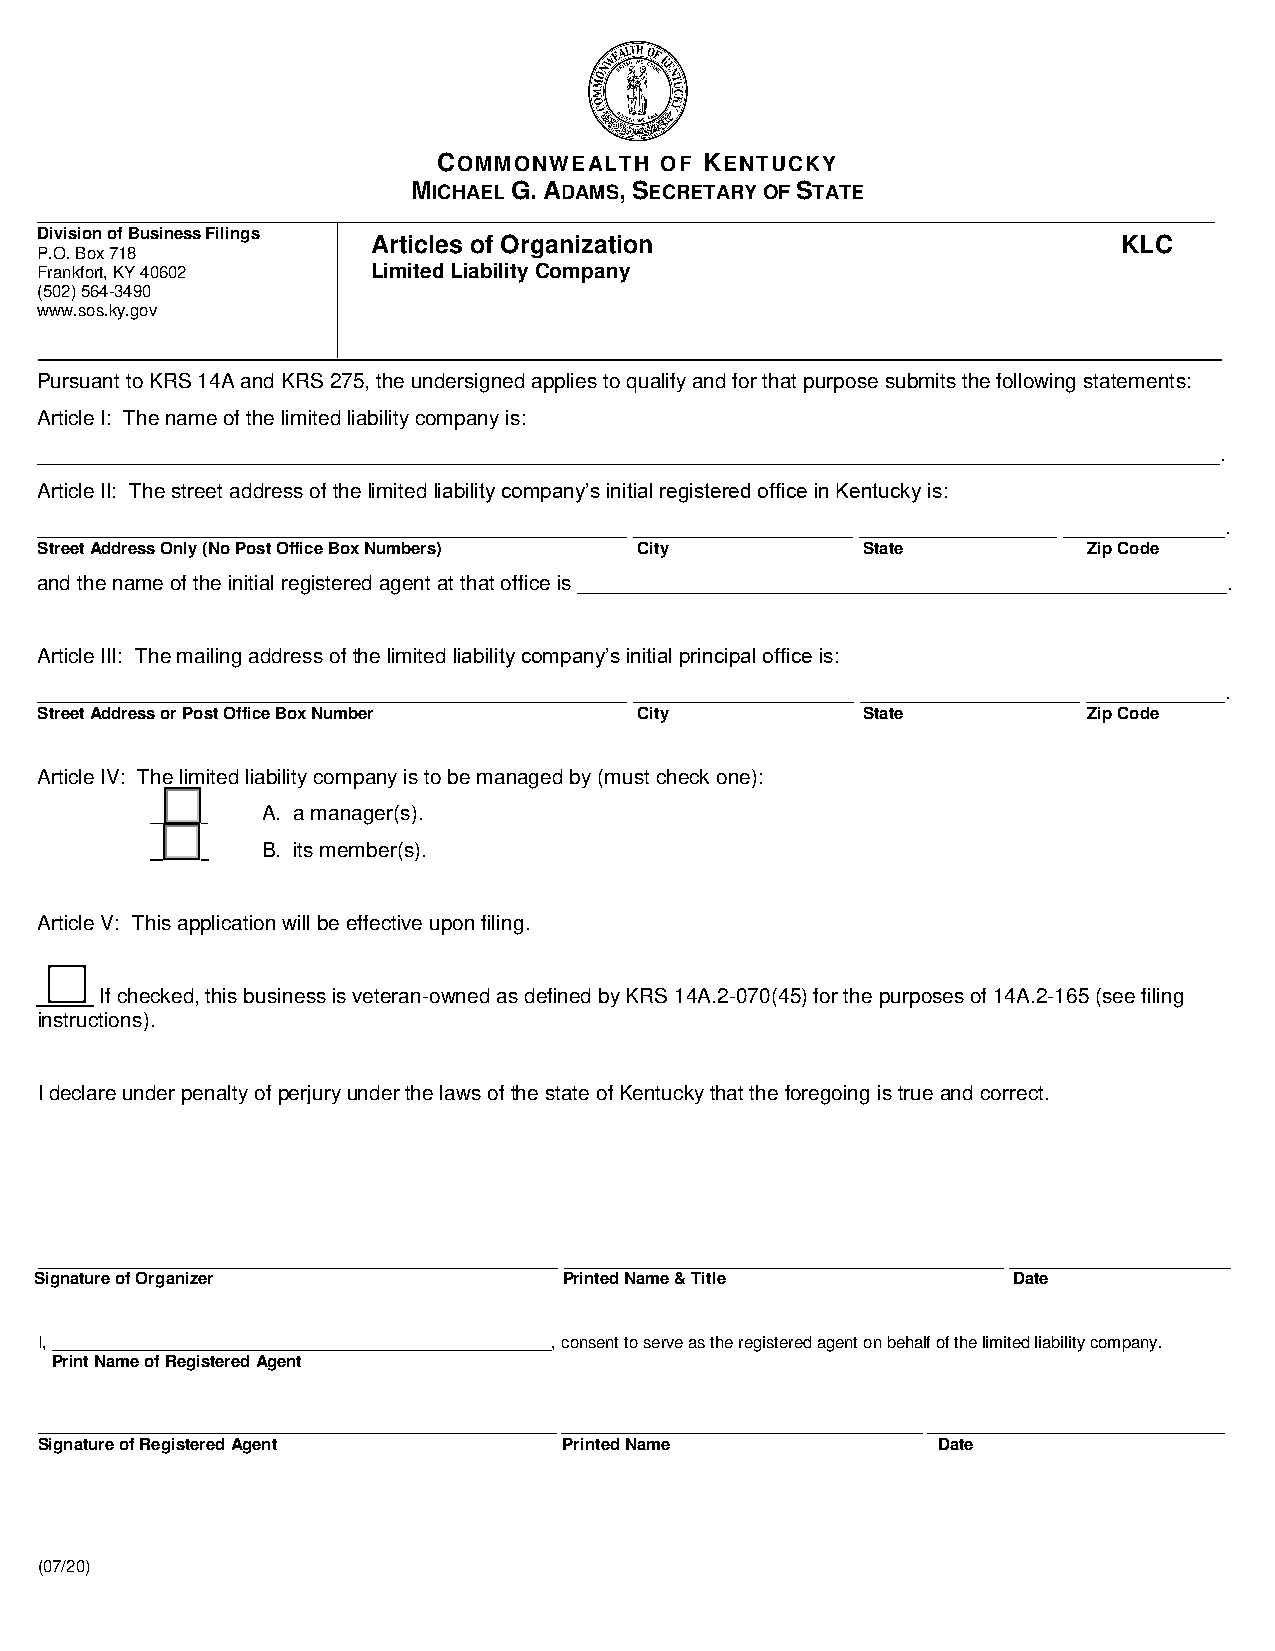
COMMONWEALTH   OF KENTUCKY
 MICHAEL G. ADAMS, SECRETARY OF STATE
 _______________________________________________________________________________________________________________________________
 Division of Business Filings
 Articles of Organization                         KLC
 P.O. Box 718
 Frankfort, KY 40602    Limited Liability Company
 (502)564-3490
 www.sos.ky.gov
 Pursuant to KRS 14A and KRS 275, the undersigned applies to qualify and for that purpose submits the following statements:
 Article I: The name of the limited liability company is:
 ______________________________________________________________________________________________________.
 Article II: The street address of the limited liability company’s initial registered office in Kentucky is:
 ___________________________________________________ ___________________ _________________ ______________.
 Street Address Only (No Post Office Box Numbers) City  State          Zip Code
 and the name of the initial registered agent at that office is ________________________________________________________.
 Article III: The mailing address of the limited liability company’s initial principal office is:
 ___________________________________________________ ___________________ ___________________ ____________.
 Street Address or Post Office Box Number City          State          Zip Code
 Article IV: The limited liability company is to be managed by (must check one):
 _____  A. a manager(s).
 _____  B. its member(s).
 Article V: This application will be effective upon filing.
 If checked, this business is veteran-owned as defined by KRS 14A.2-070(45) for the purposes of 14A.2-165 (see filing
 instructions).
 I declare under penalty of perjury under the laws of the state of Kentucky that the foregoing is true and correct.
 _____________________________________________ ______________________________________ ___________________
 Signature of Organizer             Printed Name & Title          Date
 I, ______________________________________________________, consent to serve as the registered agent on behalf of the limited liability company.
 Print Name of Registered Agent
 ________________________________________________________ _______________________________________ ________________________________
 Signature of Registered Agent      Printed Name             Date
 (07/20)